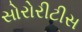
સોરોરીટીસ